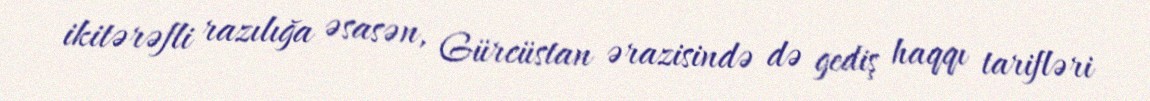
ikitərəfli razılığa əsasən, Gürcüstan ərazisində də gediş haqqı tarifləri